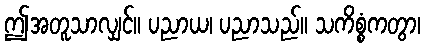
ဤအတူသာလျှင်။ ပညာယ၊ ပညာသည်။ သကိစ္စံကတွာ၊